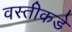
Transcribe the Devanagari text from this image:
वस्तीकडे